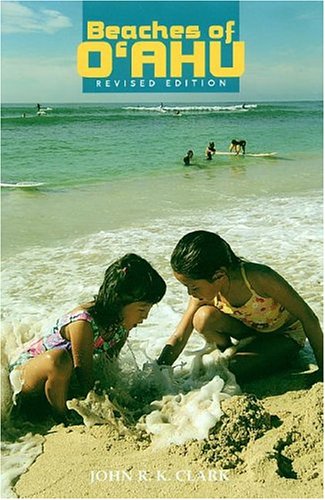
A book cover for Beaches Of O'ahu (Latitude 20 Books); John R. K. Clark; Travel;